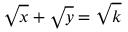
{ \sqrt { x } } + { \sqrt { y } } = { \sqrt { k } }